Annual report on the Civil Veterinary Department, Burma (including the Insein Veterinary School) - 1910-1922
Year: 1910
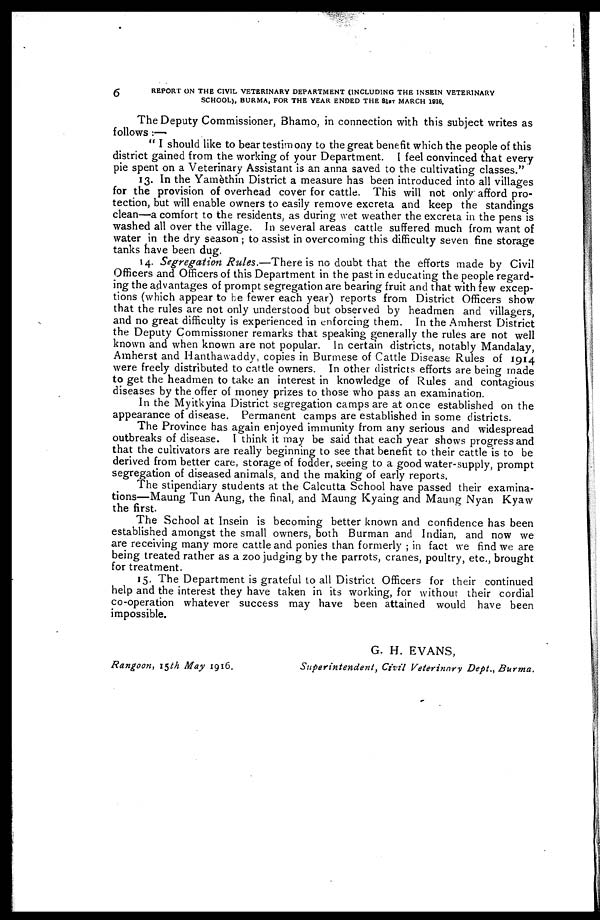
6
REPORT ON THE CIVIL VETERINARY DEPARTMENT (INCLUDING THE INSEIN VETERINARY
SCHOOL), BURMA, FOR THE YEAR ENDED THE 31ST MARCH 1816.
The Deputy Commissioner, Bhamo, in connection with this subject writes as
follows :—
" I should like to bear testimony to the great benefit which the people of this
district gained from the working of your Department. I feel convinced that every
pie spent on a Veterinary Assistant is an anna saved to the cultivating classes."
13. In the Yamèthin District a measure has been introduced into all villages
for the provision of overhead cover for cattle. This will not only afford pro-
tection, but will enable owners to easily remove excreta and keep the standings
clean—a comfort to the residents, as during wet weather the excreta in the pens is
washed all over the village. In several areas cattle suffered much from want of
water in the dry season ; to assist in overcoming this difficulty seven fine storage
tanks have been dug.
14. Segregation Rules.—There is no doubt that the efforts made by Civil
Officers and Officers of this Department in the past in educating the people regard-
ing the advantages of prompt segregation are bearing fruit and that with few excep-
tions (which appear to he fewer each year) reports from District Officers show
that the rules are not only understood but observed by headmen and villagers,
and no great difficulty is experienced in enforcing them. In the Amherst District
the Deputy Commissioner remarks that speaking generally the rules are not well
known and when known are not popular. In certain districts, notably Mandalay,
Amherst and Hanthawaddy, copies in Burmese of Cattle Disease Rules of 1914
were freely distributed to cattle owners. In other districts efforts are being made
to get the headmen to take an interest in knowledge of Rules and contagious
diseases by the offer of money prizes to those who pass an examination.
In the Myitkyina District segregation camps are at once established on the
appearance of disease. Permanent camps are established in some districts.
The Province has again enjoyed immunity from any serious and widespread
outbreaks of disease. I think it may be said that each year shows progress and
that the cultivators are really beginning to see that benefit to their cattle is to be
derived from better care, storage of fodder, seeing to a good water-supply, prompt
segregation of diseased animals, and the making of early reports.
The stipendiary students at the Calcutta School have passed their examina-
tions—Maung Tun Aung, the final, and Maung Kyaing and Maung Nyan Kyaw
the first.
The School at Insein is becoming better known and confidence has been
established amongst the small owners, both Burman and Indian, and now we
are receiving many more cattle and ponies than formerly ; in fact we find we are
being treated rather as a zoo judging by the parrots, cranes, poultry, etc., brought
for treatment.
15. The Department is grateful to all District Officers for their continued
help and the interest they have taken in its working, for without their cordial
co-operation whatever success may have been attained would have been
impossible.
G. H. EVANS,
Rangoon, 15th May 1916.
Superintendent,
Civil Veterinary Dept., Burma.